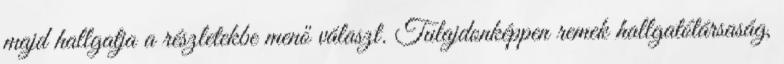
majd hallgatja a részletekbe menő választ. Tulajdonképpen remek hallgatótársaság,